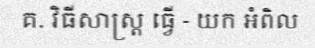
គ. វិធីសាស្ត្រ ធ្វើ - យក អំពិល